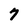
Character: 7